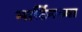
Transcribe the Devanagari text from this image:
मार्टिनच्या